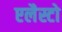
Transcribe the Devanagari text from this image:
एलैस्टो